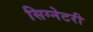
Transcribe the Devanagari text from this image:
सिग्नेटरी